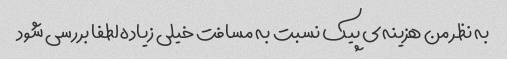
به نظر من هزینه‌ی پیک نسبت به مسافت خیلی زیاده لطفا بررسی شود